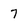
Character: 7